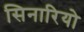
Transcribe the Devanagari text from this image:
सिनारियो